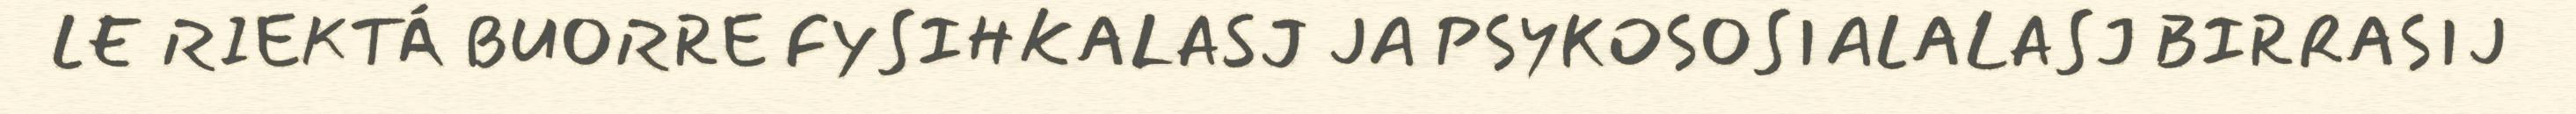
LE RIEKTÁ BUORRE FYSIHKALASJ JA PSYKOSOSIALALASJ BIRRASIJ